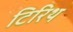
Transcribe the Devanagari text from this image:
टिरिथ